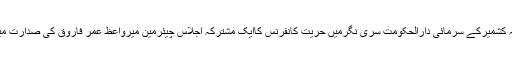
ادھرمقبوضہ کشمیرکے سرمائی دارالحکومت سری نگرمیں حریت کانفرنس کاایک مشترکہ اجلاس چیئرمین میرواعظ عمر فاروق کی صدارت میں منعقد ہوا۔